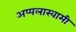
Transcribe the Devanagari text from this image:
अप्पलास्वामी